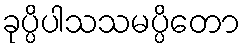
ခုပ္ပိပါသသမပ္ပိတော